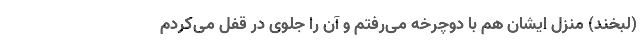
(لبخند) منزل‌ ایشان هم با دوچرخه می‌رفتم و آن را جلوی در قفل می‌کردم